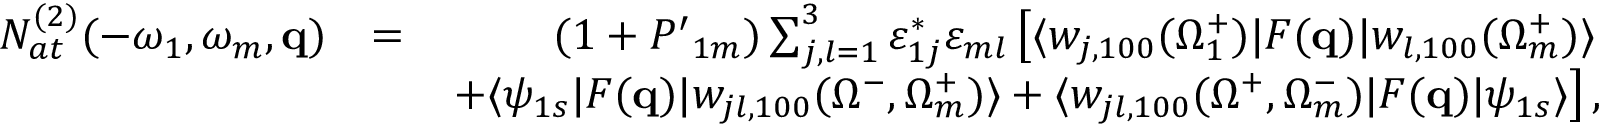
\begin{array} { r l r } { { \cal N } _ { a t } ^ { ( 2 ) } ( - \omega _ { 1 } , \omega _ { m } , \mathbf { q } ) } & { = } & { ( 1 + { \cal P ^ { \prime } } _ { 1 m } ) \sum _ { j , l = 1 } ^ { 3 } \varepsilon _ { 1 j } ^ { * } \varepsilon _ { m l } \left[ \langle w _ { j , 1 0 0 } ( \Omega _ { 1 } ^ { + } ) | F ( \mathbf { q } ) | { w } _ { l , 1 0 0 } ( \Omega _ { m } ^ { + } ) \rangle \right. } \\ & { } & { \left. + \langle \psi _ { 1 s } | F ( \mathbf { q } ) | w _ { j l , 1 0 0 } ( { \Omega } ^ { - } , \Omega _ { m } ^ { + } ) \rangle + \langle w _ { j l , 1 0 0 } ( { \Omega } ^ { + } , \Omega _ { m } ^ { - } ) | F ( \mathbf { q } ) | \psi _ { 1 s } \rangle \right] , } \end{array}